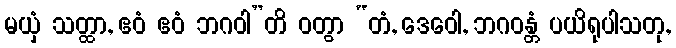
မယှံ သတ္ထာ, ဧဝံ ဧဝံ ဘဂဝါ”တိ ဝတွာ “တံ, ဒေဝေါ, ဘဂဝန္တံ ပယိရုပါသတု,